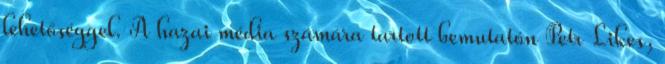
lehetőséggel. A hazai média számára tartott bemutatón Petr Likes,